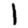
Digit: 1